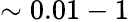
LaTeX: \sim 0.01-1